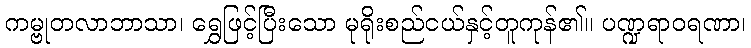
ကမ္ဗုတလာဘာသာ၊ ရွှေဖြင့်ပြီးသော မုရိုးစည်ငယ်နှင့်တူကုန်၏။ ပဏ္ဍရာဝရဏာ၊